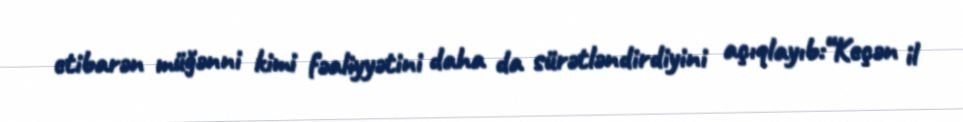
etibarən müğənni kimi fəaliyyətini daha da sürətləndirdiyini açıqlayıb:“Keçən il